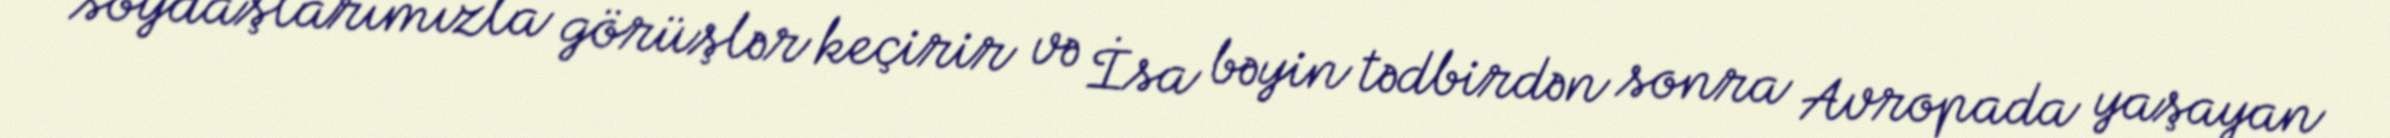
soydaşlarımızla görüşlər keçirir və İsa bəyin tədbirdən sonra Avropada yaşayan